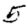
Digit: 5